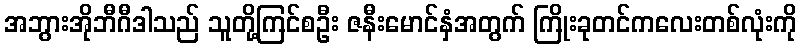
အဘွားအိုဘီဂီဒါသည် သူတို့ကြင်စဦး ဇနီးမောင်နှံအတွက် ကြိုးခုတင်ကလေးတစ်လုံးကို